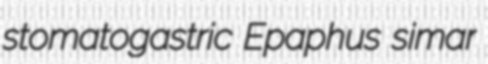
stomatogastric Epaphus simar